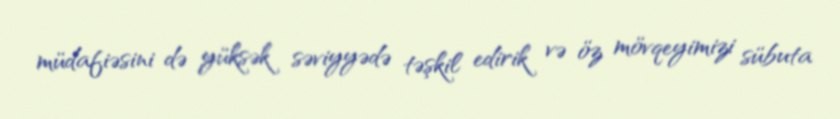
müdafiəsini də yüksək səviyyədə təşkil edirik və öz mövqeyimizi sübuta